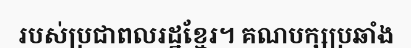
របស់ប្រជាពលរដ្ឋខ្មែរ។ គណបក្សប្រឆាំង